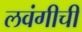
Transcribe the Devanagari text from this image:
लवंगीची